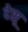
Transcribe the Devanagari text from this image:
देसू